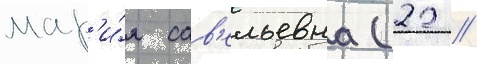
мар'и́я сав'ельевна (22 //